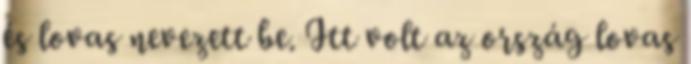
és lovas nevezett be. Itt volt az ország lovas